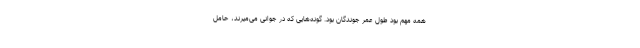
همه مهم بود طول عمر جوندگان بود. گونه‌هایی که در جوانی می‌میرند، حامل